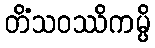
တိံသဝဿိကမ္ပိ